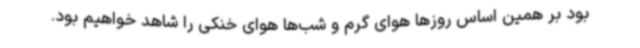
بود بر همین اساس روزها هوای گرم و شب‌ها هوای خنکی را شاهد خواهیم بود.